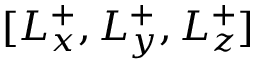
[ L _ { x } ^ { + } , L _ { y } ^ { + } , L _ { z } ^ { + } ]